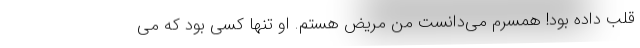
قلب داده بود! همسرم می‌دانست من مریض هستم. او تنها کسی بود که می‌